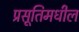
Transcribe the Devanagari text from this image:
प्रसूतिमधील